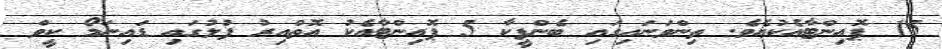
15 ޕޮއިންޓާއެކުއެވެ. ތިންވަނައިގައި ބެންފީކާ 5 ޕޮއިންޓާއެކު އޮތްއިރު ފުލުގައި ޑައިނަމޯ ކީވް